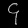
Digit: ၄